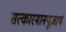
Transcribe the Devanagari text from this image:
सत्कारमानपूजार्थं